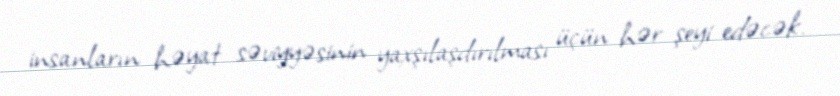
insanların həyat səviyyəsinin yaxşılaşdırılması üçün hər şeyi edəcək.